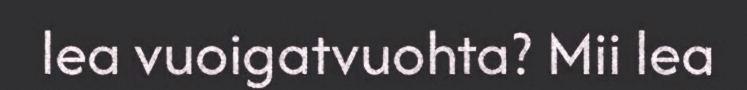
lea vuoigatvuohta? Mii lea